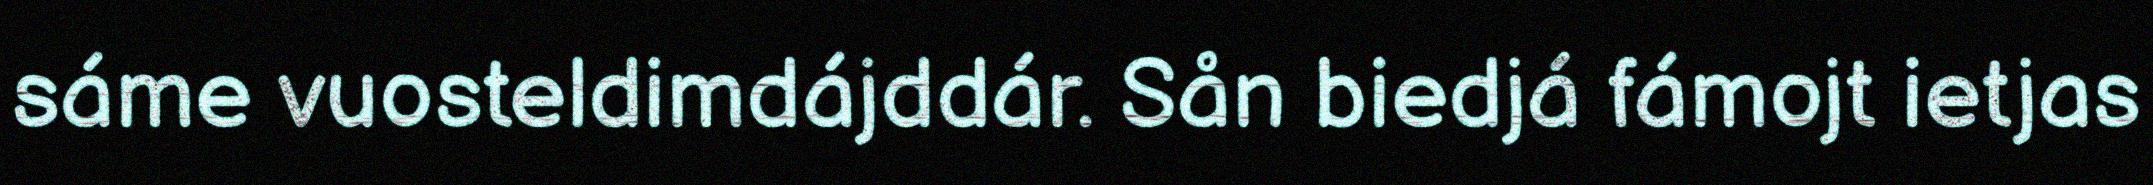
sáme vuosteldimdájddár. Sån biedjá fámojt ietjas